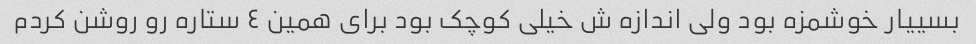
بسییار خوشمزه بود ولی اندازه ش خیلی کوچک بود برای همین ٤ ستاره رو روشن کردم